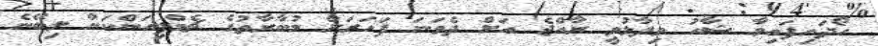
ހޯދައިފައިވާ ޝާހު ވިދާޅުވީ ރާއްޖެ އަށް ދެވަނަ ފަހަރަށް މުބާރާތުގެ ޗެމްޕިއަންކަން ލިބޭނެ